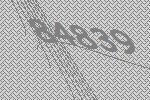
84839